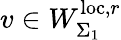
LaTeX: v\in W_{\Sigma_{1}}^{\mathrm{loc},r}